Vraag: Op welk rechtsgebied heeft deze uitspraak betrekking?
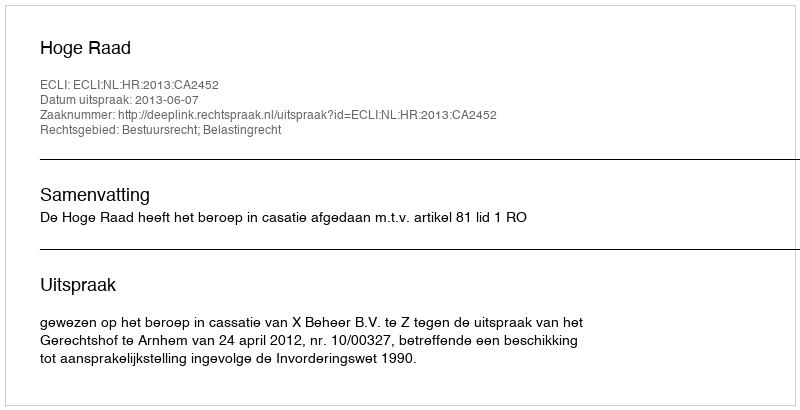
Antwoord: Bestuursrecht; Belastingrecht